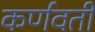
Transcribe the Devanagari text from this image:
कर्णवती